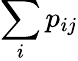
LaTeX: \sum_{i}p_{ij}